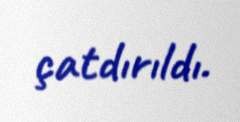
çatdırıldı.